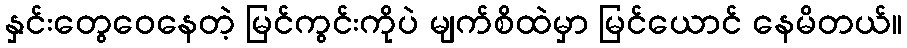
နှင်းတွေဝေနေတဲ့ မြင်ကွင်းကိုပဲ မျက်စိထဲမှာ မြင်ယောင် နေမိတယ်။